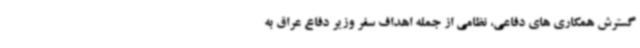
گسترش همکاری های دفاعی، نظامی از جمله اهداف سفر وزیر دفاع عراق به